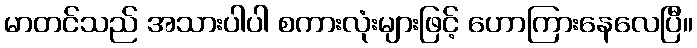
မာတင်သည် အသားပါပါ စကားလုံးများဖြင့် ဟောကြားနေလေပြီ။